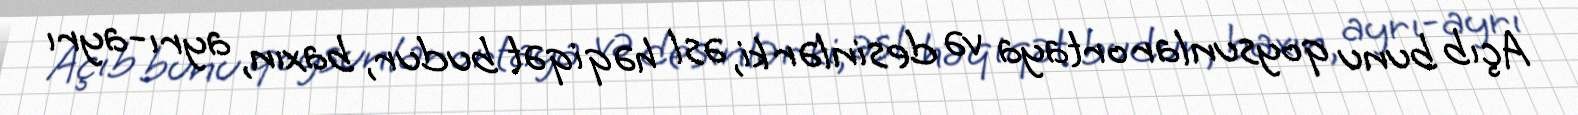
Açıb bunu qoysunlar ortaya və desinlər ki, əsl həqiqət budur, baxın, ayrı-ayrı